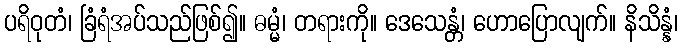
ပရိဝုတံ၊ ခြံရံအပ်သည်ဖြစ်၍။ ဓမ္မံ၊ တရားကို။ ဒေသေန္တံ၊ ဟောပြောလျက်။ နိသိန္နံ၊